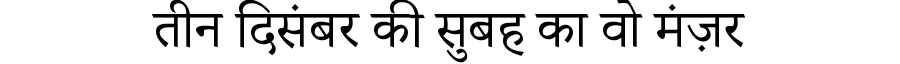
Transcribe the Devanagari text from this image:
तीन दिसंबर की सुबह का वो मंज़र